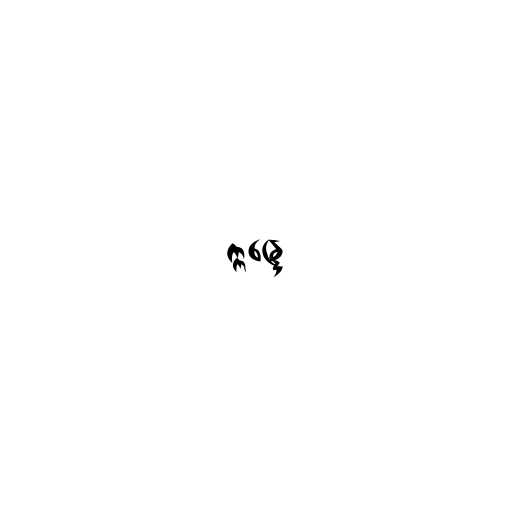
ဣန္ဒြေ